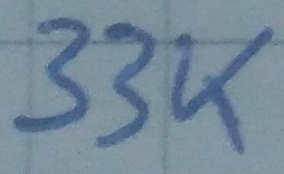
Text: 33K